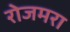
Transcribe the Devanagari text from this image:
रोजमरा